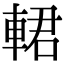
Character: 輑